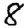
Digit: 8